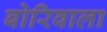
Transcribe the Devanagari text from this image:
बोरिवाला